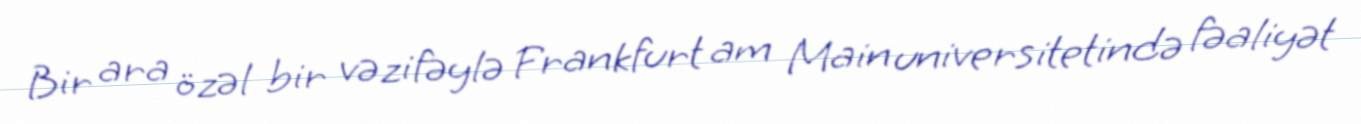
Bir ara özəl bir vəzifəylə Frankfurt am Main universitetində fəaliyət